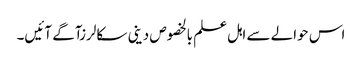
اس حوالے سے اہل علم بالخصوص دینی سکالرزآگے آئیں۔